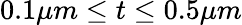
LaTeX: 0.1\mu m\leq t\leq 0.5\mu m